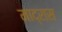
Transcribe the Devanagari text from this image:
माद्रास